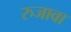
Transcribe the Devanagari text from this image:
रुजावा